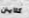
كلايتن